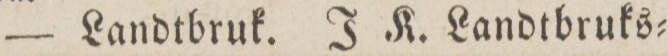
— Landtbruk. J K. Landtbruks=